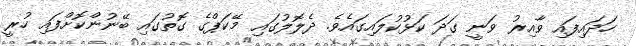
ހަދައިފައި ވާއިރު ވަނީ ގަދަ ކަޅުކުލައިގައެވެ. ދެލޮލުގައި މޭކަޕްގެ ގޮތުގައި ބޭނުންކޮށްފައި ހުރީ